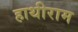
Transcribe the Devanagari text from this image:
हाथीराम